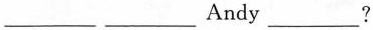
____ ___Andy ___？